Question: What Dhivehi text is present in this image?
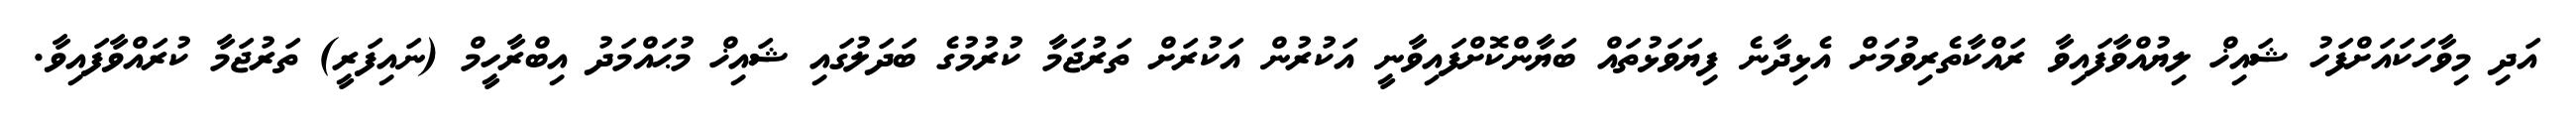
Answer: އަދި މިވާހަކައަށްފަހު ޝައިޚް ލިޔުއްވާފައިވާ ރައްކާތެރިވުމަށް އެޅިދާނެ ފިޔަވަޅުތައް ބަޔާންކޮށްފައިވާނީ އަކުރުން އަކުރަށް ތަރުޖަމާ ކުރުމުގެ ބަދަލުގައި ޝައިޚް މުޙައްމަދު އިބްރާހީމް (ނައިފަރީ) ތަރުޖަމާ ކުރައްވާފައިވާ.